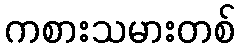
ကစားသမားတစ်